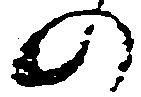
の